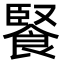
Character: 𩜬